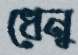
ধেনু